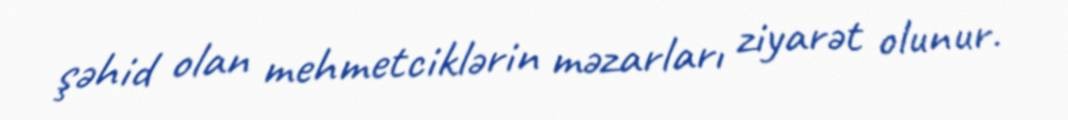
şəhid olan mehmetciklərin məzarları ziyarət olunur.